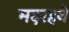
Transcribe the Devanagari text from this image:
मदरहने